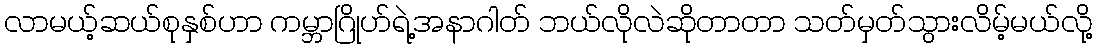
လာမယ့်ဆယ်စုနှစ်ဟာ ကမ္ဘာဂြိုဟ်ရဲ့အနာဂါတ် ဘယ်လိုလဲဆိုတာတာ သတ်မှတ်သွားလိမ့်မယ်လို့